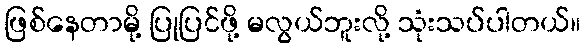
ဖြစ်နေတာမို့ ပြုပြင်ဖို့ မလွယ်ဘူးလို့ သုံးသပ်ပါတယ်။